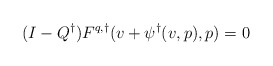
\begin{align*}(I-Q^\dagger)F^{q,\dagger}(v+\psi^\dagger(v,p),p)=0\end{align*}